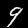
Label: 9